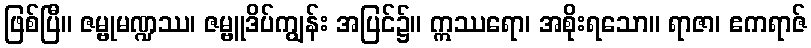
ဖြစ်ပြီ။ ဇမ္ဗုမဏ္ဍဿ၊ ဇမ္ဗူဒိပ်ကျွန်း အပြင်၌။ ဣဿရော၊ အစိုးရသော။ ရာဇာ၊ ဧကရာဇ်